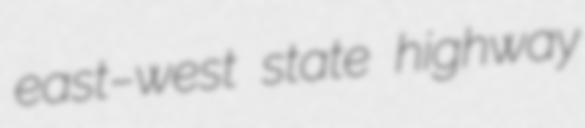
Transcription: east–west state highway